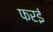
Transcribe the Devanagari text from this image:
फरई